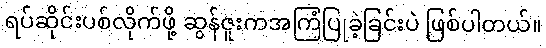
ရပ်ဆိုင်းပစ်လိုက်ဖို့ ဆွန်ဇူးကအကြံပြုခဲ့ခြင်းပဲ ဖြစ်ပါတယ်။